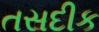
તસદીક